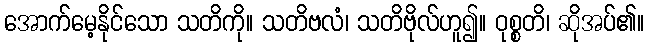
အောက်မေ့နိုင်သော သတိကို။ သတိဗလံ၊ သတိဗိုလ်ဟူ၍။ ဝုစ္စတိ၊ ဆိုအပ်၏။